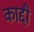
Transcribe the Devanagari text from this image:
काद्दी